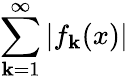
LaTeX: \sum_{\mathbf{k}=1}^{\infty}|f_{\mathbf{k}}(x)|